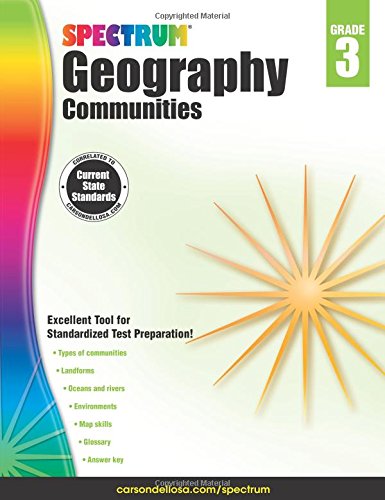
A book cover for Spectrum Geography, Grade 3: Communities; Science & Math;